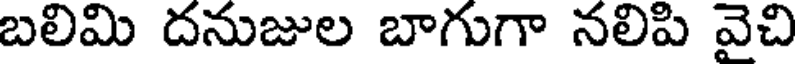
బలిమి దనుజుల బాగుగా నలిపి వైచి